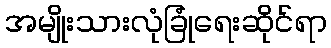
အမျိုးသားလုံခြုံရေးဆိုင်ရာ